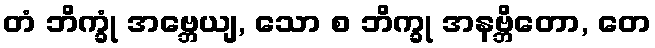
တံ ဘိက္ခုံ အဗ္ဘေယျ, သော စ ဘိက္ခု အနဗ္ဘိတော, တေ